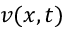
v ( x , t )